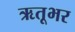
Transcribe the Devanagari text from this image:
ऋतूभर